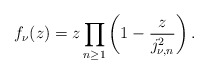
\begin{align*}f_{\nu}(z)=z\prod_{n\geq1}\left(1-\frac{z}{j_{\nu,n}^2}\right).\end{align*}